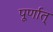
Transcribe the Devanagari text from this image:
पूर्णात्